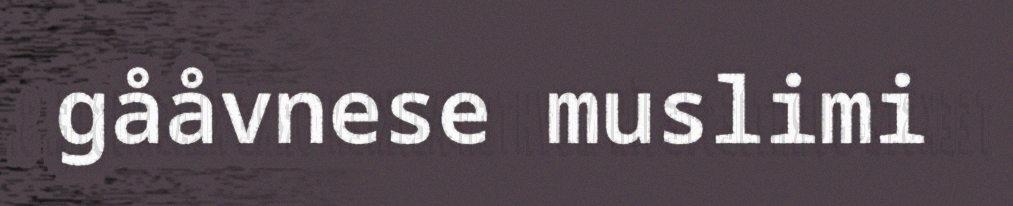
gååvnese muslimi